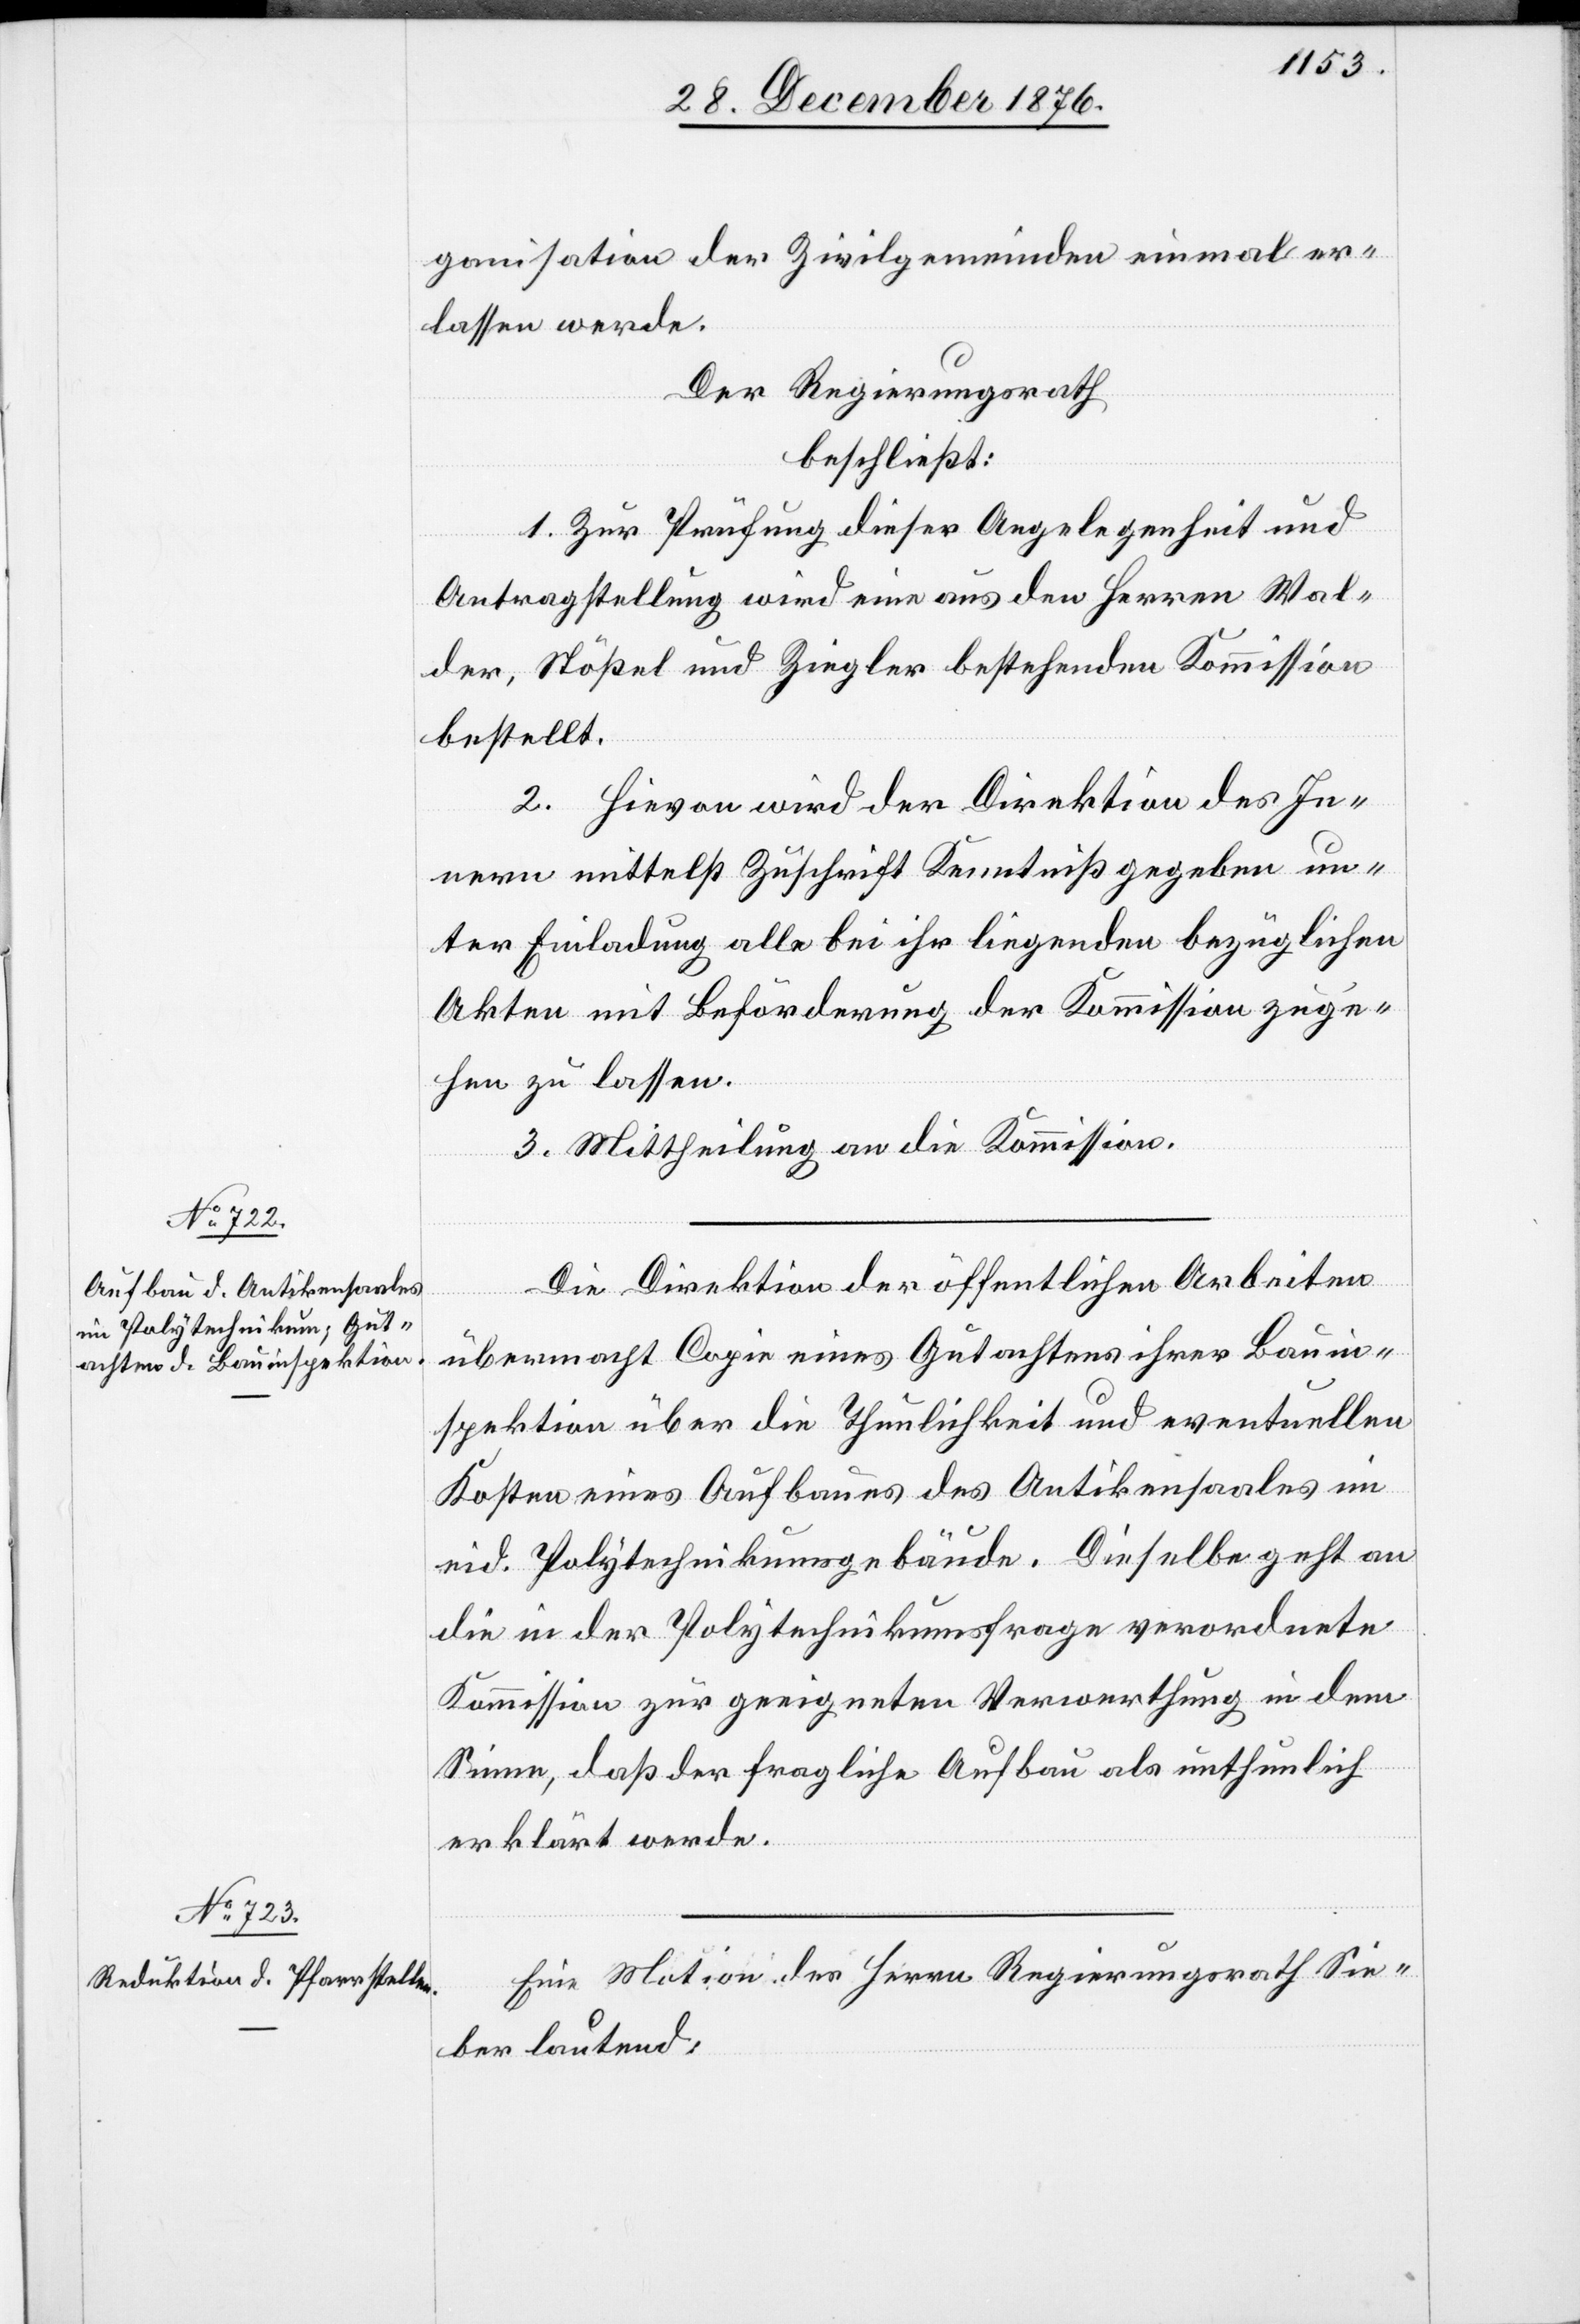
ganisation der Zivilgemeinden einmal er¬
lassen werde.
Der Regierungsrath
beschließt:
1. Zur Prüfung dieser Angelegenheit und
Antragstellung wird eine aus den Herren Wal¬
der, Stößel und Ziegler bestehenden [recte:
bestellt.
2. Hievon wird der Direktion des In¬
nern mittelst Zuschrift Kenntniß gegeben un¬
ter Einladung alle bei ihr liegenden bezüglichen
Akten mit Beförderung der Kommission zuge¬
hen zu lassen.
3. Mittheilung an die Kommission.
Die Direktion der öffentlichen Arbeiten
übermacht Copie eines Gutachtens ihrer Bauin¬
spektion über die Thunlichkeit und eventuellen
Kosten eines Aufbaues des Antikensaales in
eid. Polytechnikumsgebäude. Dieselbe geht an
die in der Polytechnikumsfrage verordnete
Kommission zur geneigten Verwerthung in dem
Sinne, daß der fragliche Aufbau als unthunlich
erklärt werde.
Eine Motion des Herrn Regierungsrath Sie¬
ber lautend: